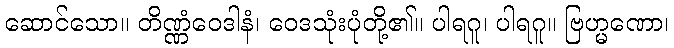
ဆောင်သော။ တိဏ္ဏံဝေဒါနံ၊ ဝေဒသုံးပုံတို့၏။ ပါရဂူ၊ ပါရဂူ။ ဗြဟ္မဏော၊